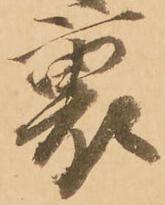
裏